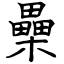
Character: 櫐